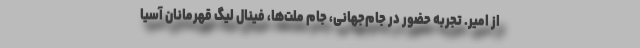
از امیر. تجربه حضور در جام‌جهانی، جام ملت‌ها، فینال لیگ قهرمانان آسیا